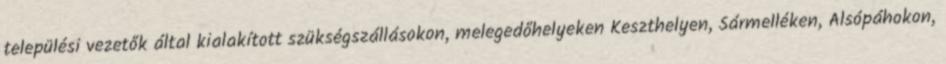
települési vezetők által kialakított szükségszállásokon, melegedőhelyeken Keszthelyen, Sármelléken, Alsópáhokon,